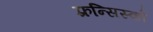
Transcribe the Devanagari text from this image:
फ़्रन्सिस्को